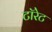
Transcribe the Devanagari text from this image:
टॉरेट